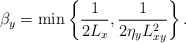
\begin{align*}\beta_y=\min\left\{ \frac{1}{2L_x}, \frac{1}{2\eta_y L_{xy}^2} \right\}.\end{align*}